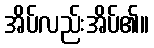
အိပ်လည်းအိပ်၏။